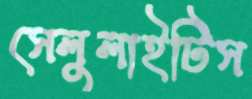
সেলুলাইটিস